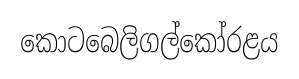
කොටබෙලිගල්කෝරළය